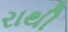
રાથી